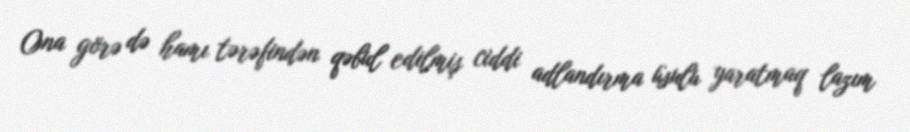
Ona görə də hamı tərəfindən qəbul edilmiş ciddi adlandırma üsulu yaratmaq lazım